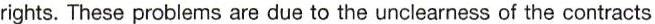
rights. These problems are due to the unclearness of the contracts